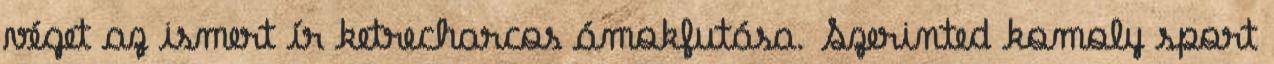
véget az ismert ír ketrecharcos ámokfutása. Szerinted komoly sport